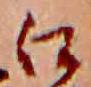
江